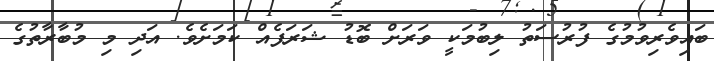
ބައިވެރިވުމުގެ ފުރުސަތު ލިބުމަކީ ވަރަށް ބޮޑު ޝަރަފެއް ކަމަށެވެ. އަދި މި މުބާރާތުގެ